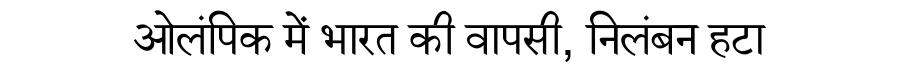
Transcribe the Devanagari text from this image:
ओलंपिक में भारत की वापसी, निलंबन हटा